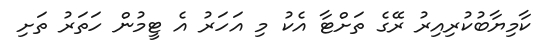
ކާމިޔާބުކުރިއިރު ރޭގެ ތަށްޓާ އެކު މި އަހަރު އެ ޓީމުން ހަތަރު ތަށި